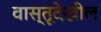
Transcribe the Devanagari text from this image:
वास्तूदेखील